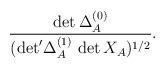
LaTeX: \begin{align*}\frac{\det\Delta_A^{(0)}}{({\det}'\Delta_A^{(1)}\,\det X_A)^{1/2}}.\end{align*}